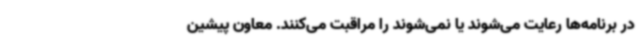
در برنامه‌ها رعایت می‌شوند یا نمی‌شوند را مراقبت می‌کنند. معاون پیشین